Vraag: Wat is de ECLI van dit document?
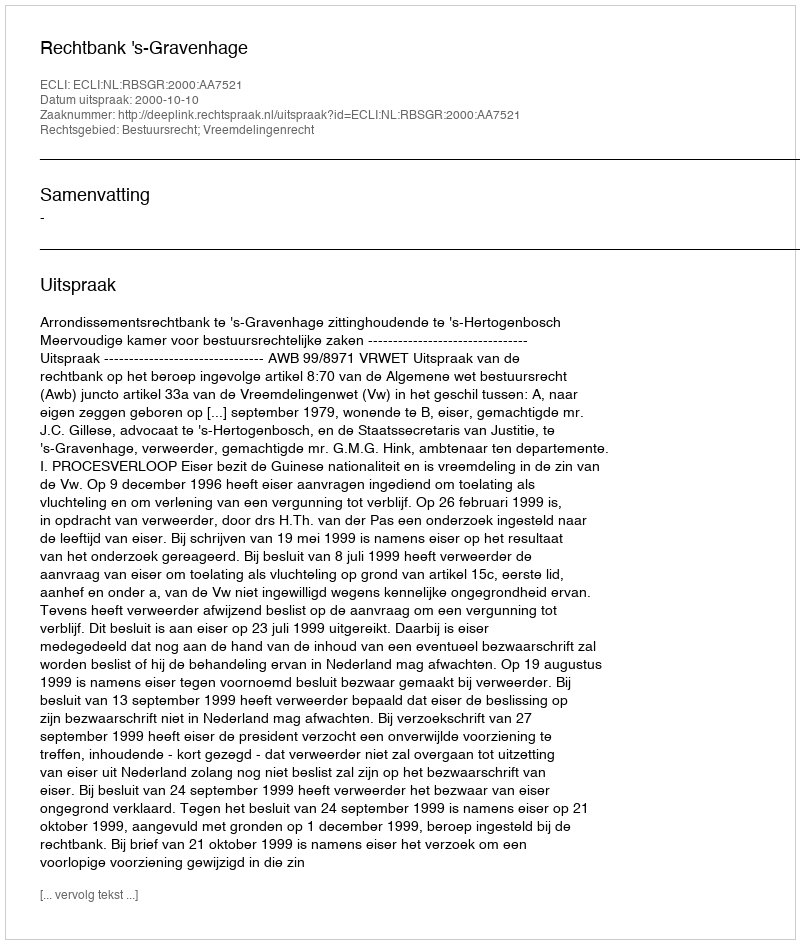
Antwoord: ECLI:NL:RBSGR:2000:AA7521